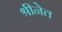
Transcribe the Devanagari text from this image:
श्रीनेत